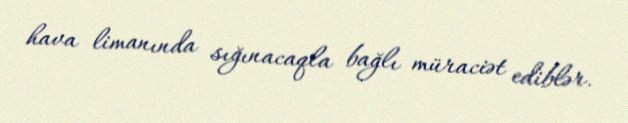
hava limanında sığınacaqla bağlı müraciət ediblər.